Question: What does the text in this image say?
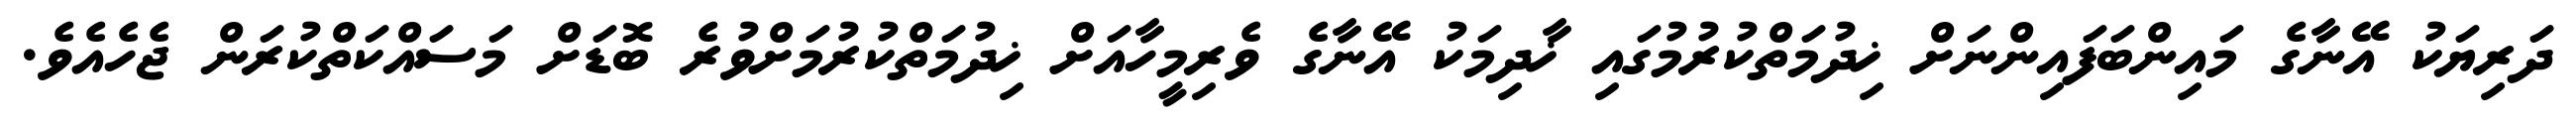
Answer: ދަރިޔަކު އޭނާގެ މައިންބަފައިންނަށް ޚިދުމަތްކުރުމުގައި ޚާދިމަކު އޭނާގެ ވެރިމީހާއަށް ޚިދުމަތްކުރުމަށްވުރެ ބޮޑަށް މަސައްކަތްކުރަން ޖެހެއެވެ.